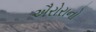
ઐરોરાનો